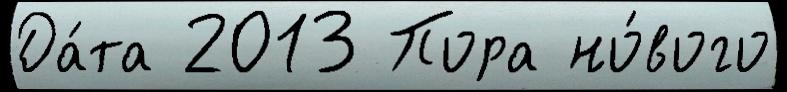
Да́та 2013 Пора но́вого